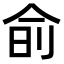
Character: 𬾊